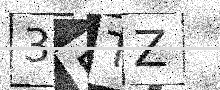
Text: 3DTZ